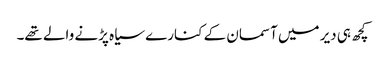
کچھ ہی دیر میں آسمان کے کنارے سیاہ پڑنے والے تھے۔